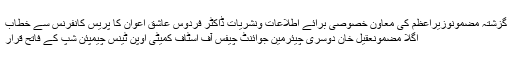
گزشتہ مضمونوزیراعظم کی معاون خصوصی برائے اطلاعات ونشریات ڈاکٹر فردوس عاشق اعوان کا پریس کانفرنس سے خطاب
اگلا مضمونعقیل خان دوسری چیئرمین جوائنٹ چیفس آف اسٹاف کمیٹی اوپن ٹینس چیمپئن شپ کے فاتح قرار